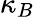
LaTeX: \kappa_{B}